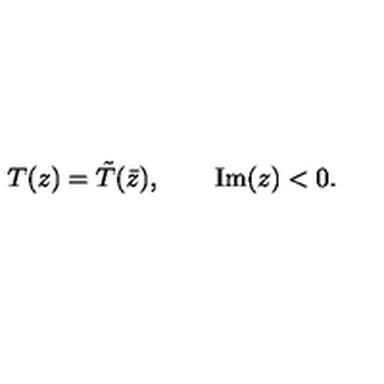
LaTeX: T ( z ) = \tilde { T } ( \bar { z } ) , \qquad \mathrm { I m } ( z ) < 0 .